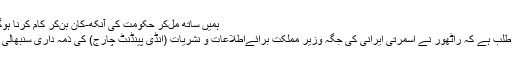
ہمیں ساتھ مل‌کر حکومت کی آنکھ-کان بن‌کر کام کرنا ہوگا، ‘
غورطلب ہے کہ راٹھور نے اسمرتی ایرانی کی جگہ وزیر مملکت برائےاطلاعات و نشریات (انڈی پینڈنٹ چارج) کی ذمہ داری سنبھالی ہے۔